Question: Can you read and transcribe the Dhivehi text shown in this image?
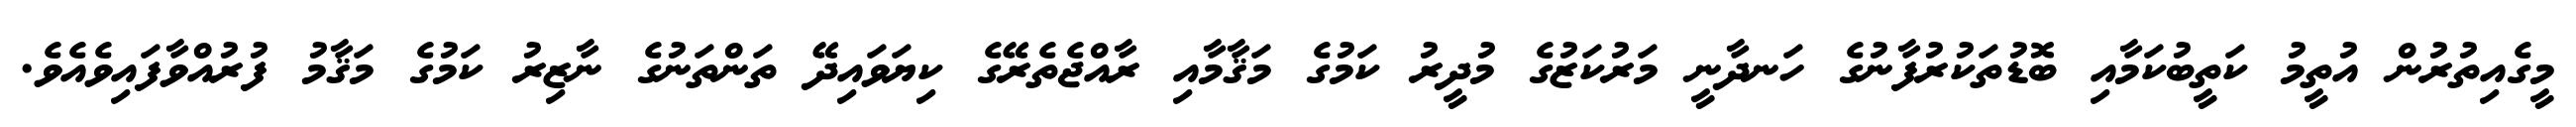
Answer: މީގެއިތުރުން އުތީމު ކަތީބުކަމާއި ބޮޑުތަކުރުފާނުގެ ހަނދާނީ މަރުކަޒުގެ މުދީރު ކަމުގެ މަޤާމާއި ރާއްޖެތެރޭގެ ކިޔަވައިދޭ ތަންތަނުގެ ނާޒިރު ކަމުގެ މަޤާމު ފުރުއްވާފައިވެއެވެ.